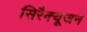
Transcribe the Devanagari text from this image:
सिरैक्यूजन